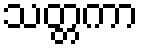
သတ္တကာ